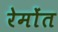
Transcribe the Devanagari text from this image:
रेमोंत